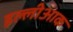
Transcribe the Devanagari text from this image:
इल्लीआक